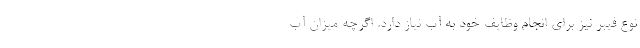
نوع فیبر نیز برای انجام وظایف خود به آب نیاز دارد. اگرچه میزان آب